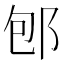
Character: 𨚔